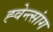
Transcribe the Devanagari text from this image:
ह्वेन्त्सांग